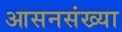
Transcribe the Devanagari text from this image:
आसनसंख्या